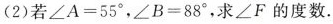
B E(2)若$$∠ A = 5 5 °$$，$$∠ B = 8